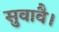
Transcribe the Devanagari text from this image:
सुवावै।